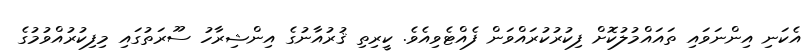
އެކަނި އިންނަވައި ތައައްމުލުކޮށް ފިކުރުކުރައްވަން ފެއްޓެވިއެވެ. ކީރިތި ޤުރުއާނުގެ އިންޝިރާހު ސޫރަތުގައި މިފިކުރުއްވުމުގެ